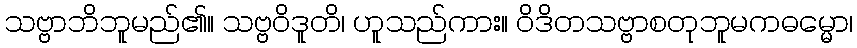
သဗ္ဗာဘိဘူမည်၏။ သဗ္ဗဝိဒူတိ၊ ဟူသည်ကား။ ဝိဒိတသဗ္ဗာစတုဘူမကဓမ္မော၊